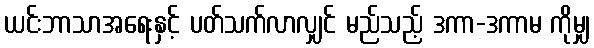
ယင်းဘာသာအရေးနှင့် ပတ်သက်လာလျှင် မည်သည့် ဒကာ-ဒကာမ ကိုမျှ